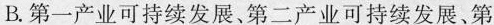
B.第一产业可持续发展、第二产业可持续发展、第